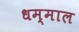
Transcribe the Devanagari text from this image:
धम्माल